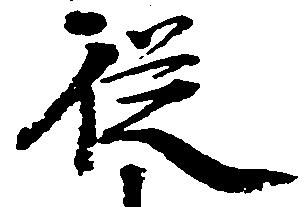
従